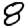
Digit: 8